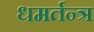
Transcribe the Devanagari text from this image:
धमर्तन्त्र